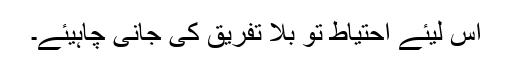
اس لیئے احتیاط تو بلا تفریق کی جانی چاہیئے۔